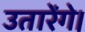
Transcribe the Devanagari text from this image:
उतारेंगे।